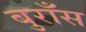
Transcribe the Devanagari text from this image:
बुराँस